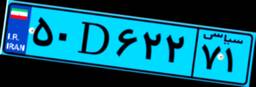
۲۹D۳۱۳۱۴